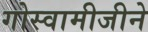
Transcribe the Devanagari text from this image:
गोस्वामीजीने